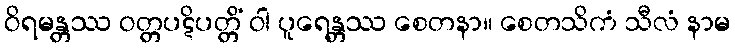
ဝိရမန္တဿ ဝတ္တပဋိပတ္တိံ ဝါ ပူရေန္တဿ စေတနာ။ စေတသိကံ သီလံ နာမ